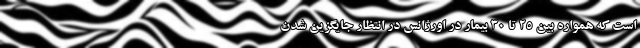
است که همواره بین ۲۵ تا ۳۰ بیمار در اورژانس در انتظار جایگزین شدن